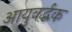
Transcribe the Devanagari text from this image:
आयुवर्द्धक